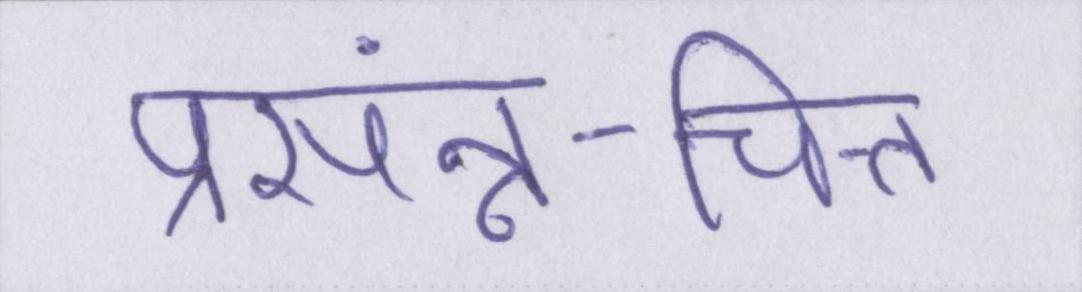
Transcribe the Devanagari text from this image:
प्रसंन्न-चित्त